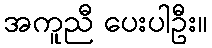
အကူညီ ပေးပါဦး။